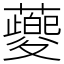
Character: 䕫